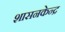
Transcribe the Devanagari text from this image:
शासनकेन्द्र